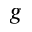
^ { g }